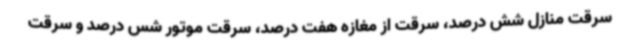
سرقت منازل شش درصد، سرقت از مغازه هفت درصد، سرقت موتور شس درصد و سرقت